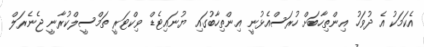
އެކަމަކު އެ ދުވަހު އިންތިހާބަށް ހުރަސްއެޅުނީ އިންތިހާބުގައި ޔުނައިޓެޑް ވިކްޓަރީ ތަމްސީލްކުރާނީ ޖެނެރަލް